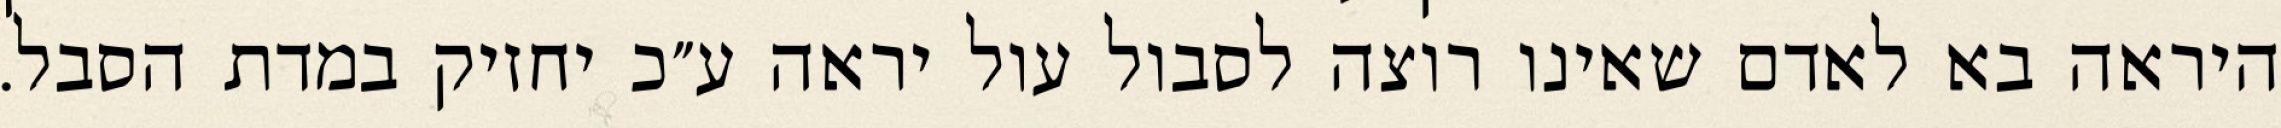
היראה בא לאדם שאינו רוצה לסבול עול יראה ע״כ יחזיק במדת הסבל.